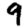
Digit: 9